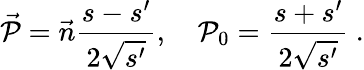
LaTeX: \vec{\cal P}=\vec{n}\frac{s-s^{\prime}}{2\sqrt{s^{\prime}}},\quad{\cal P}_{0}=\frac{s+s^{\prime}}{2\sqrt{s^{\prime}}}\ .